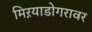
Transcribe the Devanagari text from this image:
मिऱयाडोगरावर